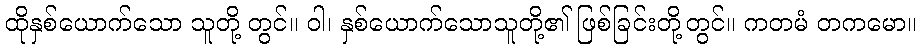
ထိုနှစ်ယောက်သော သူတို့ တွင်။ ဝါ၊ နှစ်ယောက်သောသူတို့၏ ဖြစ်ခြင်းတို့တွင်။ ကတမံ တကမော။